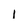
Character: l